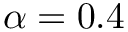
\alpha = 0 . 4